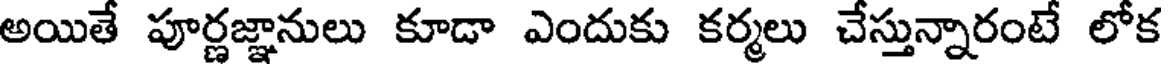
అయితే పూర్ణజ్ఞానులు కూడా ఎందుకు కర్మలు చేస్తున్నారంటే లోక